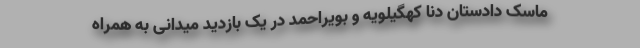
ماسک دادستان دنا کهگیلویه و بویراحمد در یک بازدید میدانی به همراه